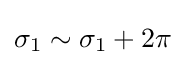
\sigma _{1}\sim \sigma _{1}+2\pi